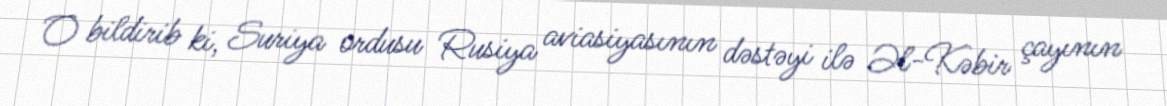
O bildirib ki, Suriya ordusu Rusiya aviasiyasının dəstəyi ilə Əl-Kəbir çayının